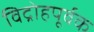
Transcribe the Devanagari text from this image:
विद्रोहपूर्वक